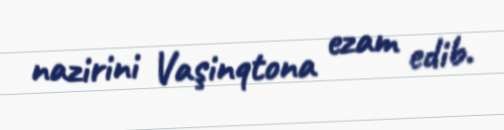
nazirini Vaşinqtona ezam edib.